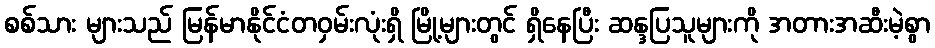
စစ်သား များသည် မြန်မာနိုင်ငံတဝှမ်းလုံးရှိ မြို့များတွင် ရှိနေပြီး ဆန္ဒပြသူများကို အတားအဆီးမဲ့စွာ